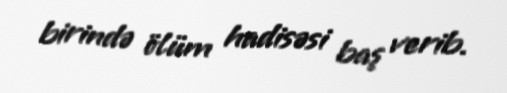
birində ölüm hadisəsi baş verib.